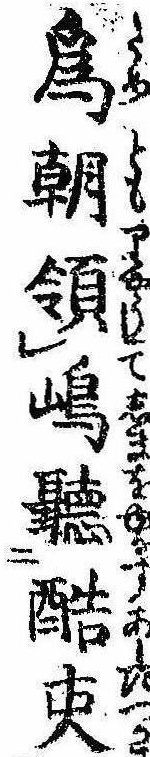
為朝領島聴酷吏